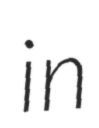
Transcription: in